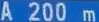
A200m